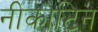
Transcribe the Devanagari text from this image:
नीकोटिन